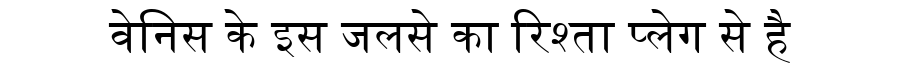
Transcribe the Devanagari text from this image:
वेनिस के इस जलसे का रिश्ता प्लेग से है